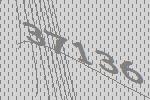
37136